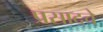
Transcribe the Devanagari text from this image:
प्रसादचे